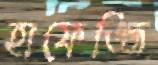
হাফেজ্জি